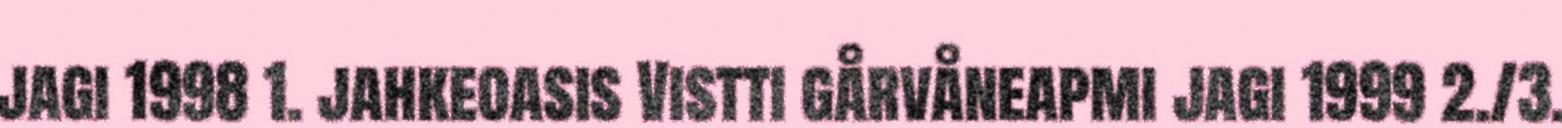
jagi 1998 1. jahkeoasis Vistti gårvåneapmi jagi 1999 2./3.